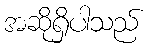
အဆိုရှိပါသည်